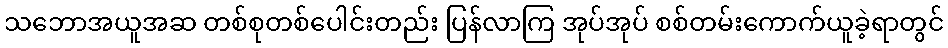
သဘောအယူအဆ တစ်စုတစ်ပေါင်းတည်း ပြန်လာကြ အုပ်အုပ် စစ်တမ်းကောက်ယူခဲ့ရာတွင်